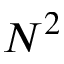
N ^ { 2 }